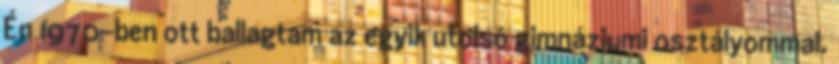
Én 1970-ben ott ballagtam az egyik utolsó gimnáziumi osztályommal.